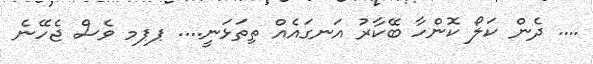
.... ދެން ކަލޯ ކޮންހާ ބޭކާރު އަނގައެއް ތިތަޅަނީ.... ޕޕމ ވެސް ޖެހޭނެ